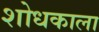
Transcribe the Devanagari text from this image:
शोधकाला